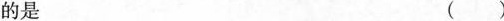
的是 ()